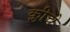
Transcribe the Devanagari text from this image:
क्लीचे